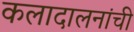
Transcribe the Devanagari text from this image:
कलादालनांची